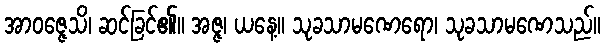
အာဝဇ္ဇေသိ၊ ဆင်ခြင်၏။ အဇ္ဇ၊ ယနေ့။ သုခသာမဏေရော၊ သုခသာမဏေသည်။